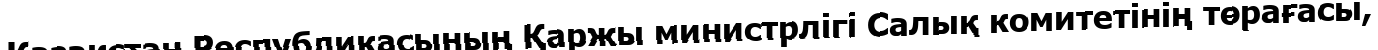
Қазақстан Республикасының Қаржы министрлігі Салық комитетінің төрағасы,